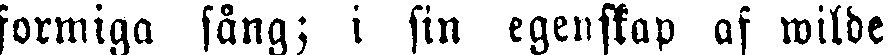
formiga sång; i sin egenskap af wilde